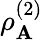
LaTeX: \rho_{\mathbf{A}}^{(2)}